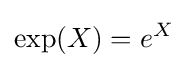
\operatorname {exp} (X)=e^{X}